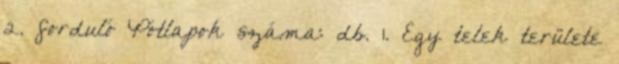
2. forduló Pótlapok száma: db. 1. Egy telek területe